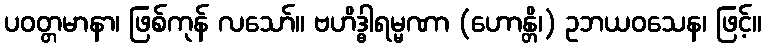
ပဝတ္တမာနာ၊ ဖြစ်ကုန် လသော်။ ဗဟိဒ္ဓါရမ္မဏာ (ဟောန္တိ၊) ဥဘယဝသေန၊ ဖြင့်။